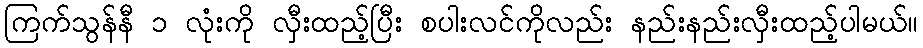
ကြက်သွန်နီ ၁ လုံးကို လှီးထည့်ပြီး စပါးလင်ကိုလည်း နည်းနည်းလှီးထည့်ပါမယ်။